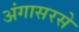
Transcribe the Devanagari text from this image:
अंगासरसे